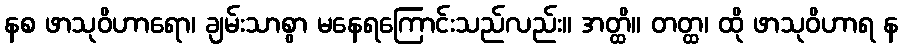
နစ ဖာသုဝိဟာရော၊ ချမ်းသာစွာ မနေရကြောင်းသည်လည်း။ အတ္ထိ။ တတ္ထ၊ ထို ဖာသုဝိဟာရ န